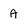
Character: A